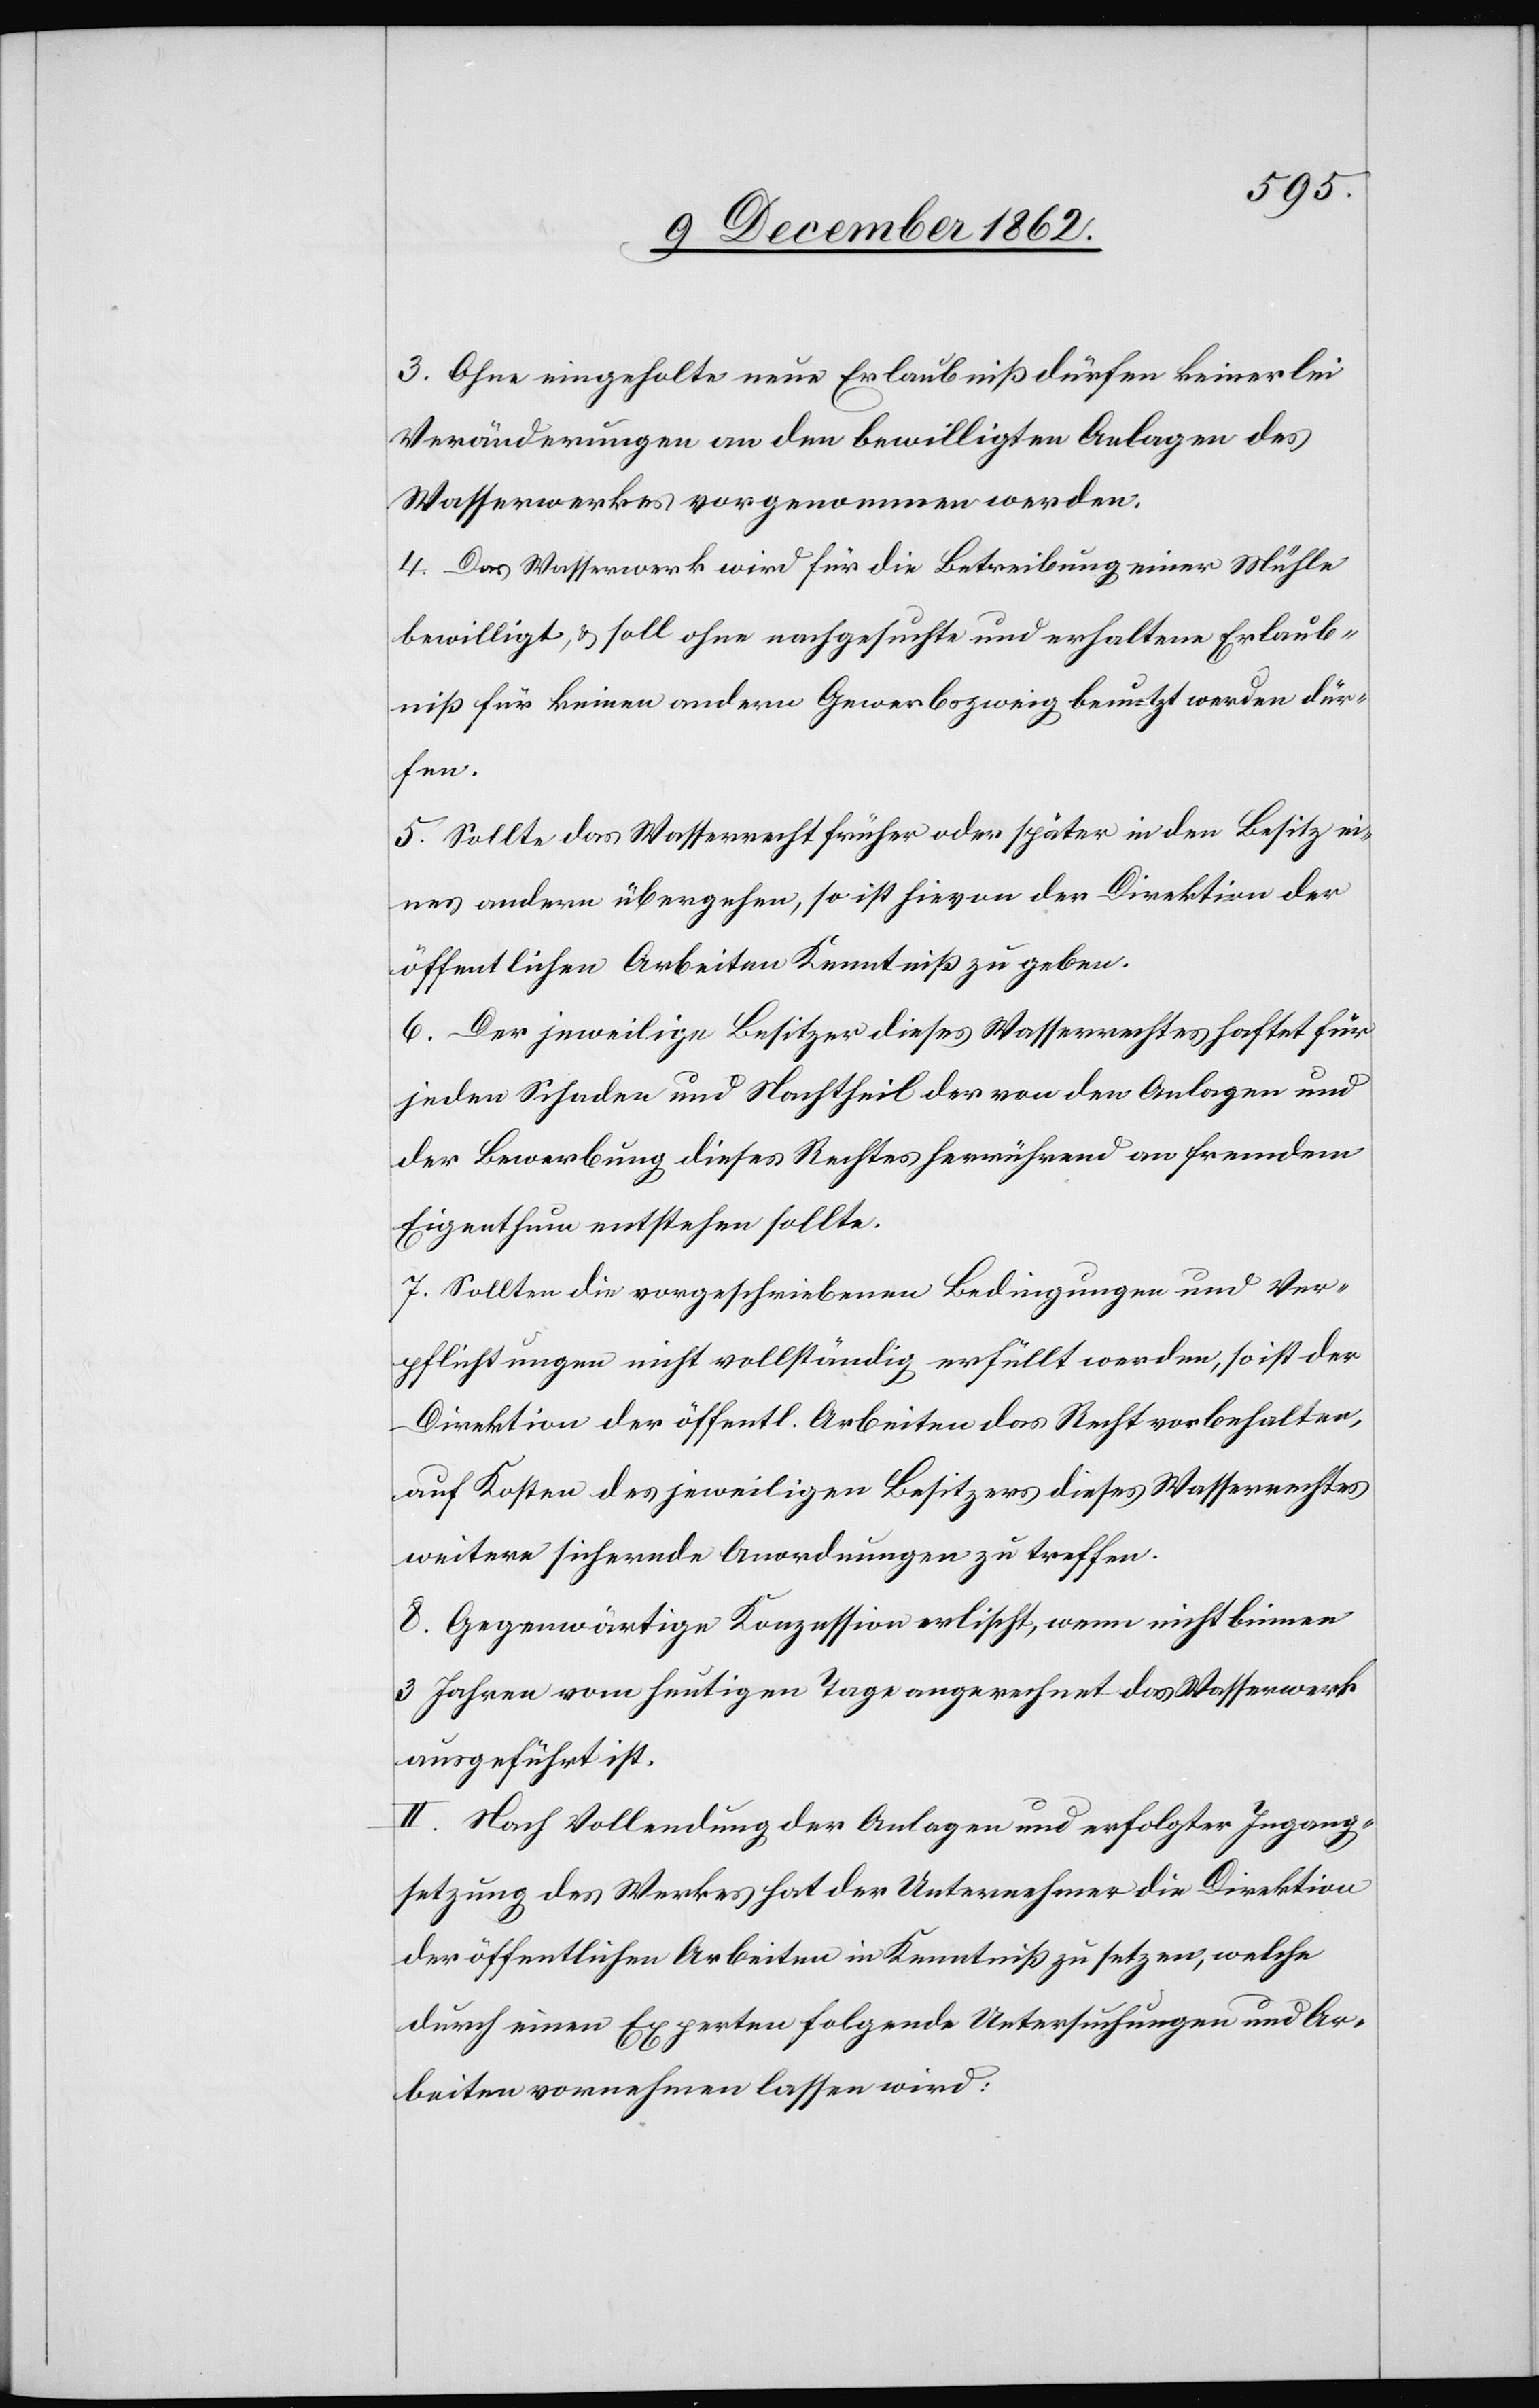
3. Ohne eingeholte neue Erlaubniß dürfen keinerlei
Veränderungen an den bewilligten Anlagen des
Wasserwerkes vorgenommen werden.
4. Das Wasserwerk wird für die Betreibung einer Mühle
bewilligt, u. soll ohne nachgesuchte und erhaltene Erlaub¬
niß für keinen andern Gewerbszweig benutzt werden dür¬
fen.
5. Sollte das Wasserrecht früher oder später in den Besitz ei¬
nes andern übergehen, so ist hievon der Direktion der
öffentlichen Arbeiten Kenntniß zu geben.
6. Der jeweilige Besitzer dieses Wasserrechtes haftet für
jeden Schaden und Nachtheil der von den Anlagen und
der Bewerbung dieses Rechtes herrührend an fremdem
Eigenthum entstehen sollte.
7. Sollten die vorgeschriebenen Bedingungen und Ver¬
pflichtungen nicht vollständig erfüllt werden, so ist der
Direktion der öffentl. Arbeiten das Recht vorbehalten,
auf Kosten des jeweiligen Besitzers dieses Wasserrechtes
weitere sichernde Anordnungen zu treffen.
8. Gegenwärtige Konzession erlischt, wenn nicht binnen
3 Jahren vom heutigen Tage angerechnet das Wasserwerk
ausgeführt ist.
II. Nach Vollendung der Anlagen und erfolgter Ingang¬
setzung des Werkes hat der Unternehmer die Direktion
der öffentlichen Arbeiten in Kenntniß zu setzen, welche
durch einen Experten folgende Untersuchungen und Ar¬
beiten vornehmen lassen wird: